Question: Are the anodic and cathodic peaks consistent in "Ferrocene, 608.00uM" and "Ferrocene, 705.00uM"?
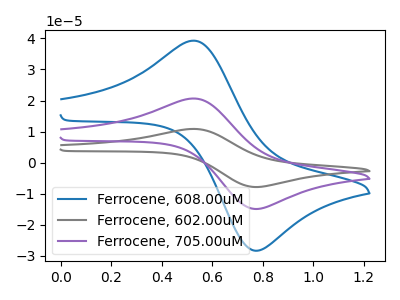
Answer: <think>The blue curve "Ferrocene, 608.00uM" has an anodic peak at (0.55V, 39.30uA) and a cathodic peak at (0.75V, -28.20uA). The gray curve "Ferrocene, 602.00uM" has an anodic peak at (0.55V, 41.30uA) and a cathodic peak at (0.75V, -29.65uA). The purple curve "Ferrocene, 705.00uM" has an anodic peak at (0.55V, 20.65uA) and a cathodic peak at (0.75V, -14.85uA).</think>
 <answer>Yes, "Ferrocene, 608.00uM" have a peak in "Ferrocene, 705.00uM" at the same potential.</answer>
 <eval>match</eval>